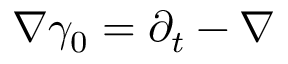
\nabla \gamma _ { 0 } = \partial _ { t } - \nabla